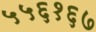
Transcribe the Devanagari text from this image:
५५६१६७